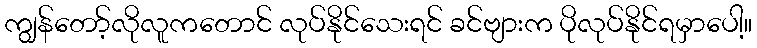
ကျွန်တော့်လိုလူကတောင် လုပ်နိုင်သေးရင် ခင်ဗျားက ပိုလုပ်နိုင်ရမှာပေါ့။